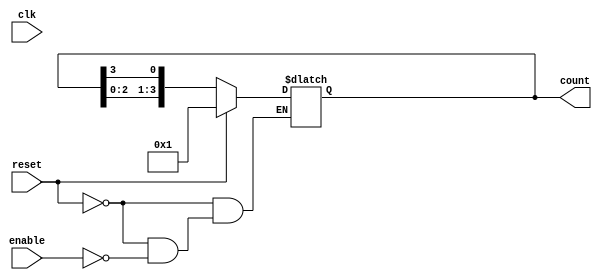
module async_ring_counter (
    input wire clk,          // Clock signal (not used in asynchronous design)
    input wire reset,        // Asynchronous reset signal
    input wire enable,       // Enable signal to control the counter
    output reg [n-1:0] count // Output of the ring counter
);
    parameter n = 4; // Number of bits in the ring counter

    // Initial state
    initial begin
        count = 4'b0001; // Start with the first flip-flop set to '1'
    end

    // Asynchronous reset and counter logic
    always @(*) begin
        if (reset) begin
            count = 4'b0001; // Reset to initial state
        end else if (enable) begin
            // Shift the '1' bit to the next flip-flop
            count = {count[n-2:0], count[n-1]}; // Shift left and wrap around
        end
    end
endmodule